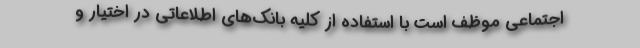
اجتماعی موظف است با استفاده از کلیه بانک‌های اطلاعاتی در اختیار و